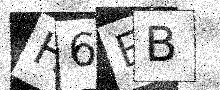
Text: H6EB